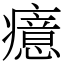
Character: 癔